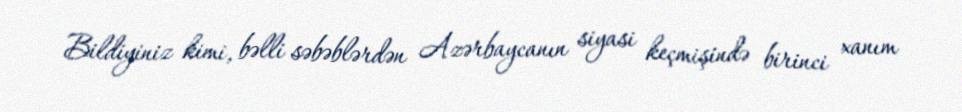
Bildiyiniz kimi, bəlli səbəblərdən Azərbaycanın siyasi keçmişində birinci xanım